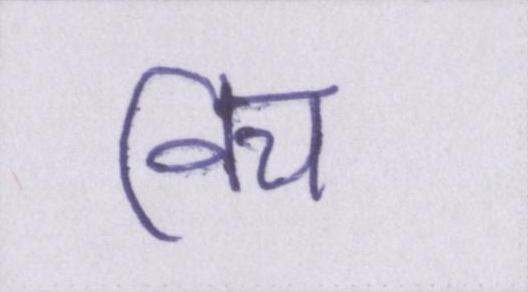
विच